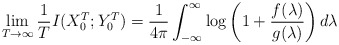
\begin{align*} \lim_{T \to \infty} \frac{1}{T} I(X_0^T; Y_0^T) = \frac{1}{4 \pi} \int_{-\infty}^{\infty} \log \left(1+\frac{f(\lambda)}{g(\lambda)}\right) d\lambda\end{align*}